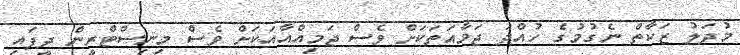
މުދަލު ޒަކާތް ނެގުމުގެ ހުއްދަ ޖަމާއަތަކަށް ވެސް ޖަމިއްއާއަކަށް ވެސް މިނިސްޓްރީން ދީފައި